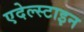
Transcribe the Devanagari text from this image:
एदेल्स्टाइन